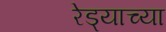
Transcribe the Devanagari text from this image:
रेड्याच्या